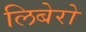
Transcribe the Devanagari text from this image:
लिबेरो